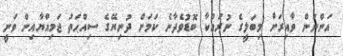
އަންނަން ވާއިރަށް މިބަލީގެ ނުރައްކާ ބޮޑުވެދާނެ ކަމަށް ދުނިޔޭގެ ސިއްޙަތު ޖަމިއްޔާއިން ވަނީ